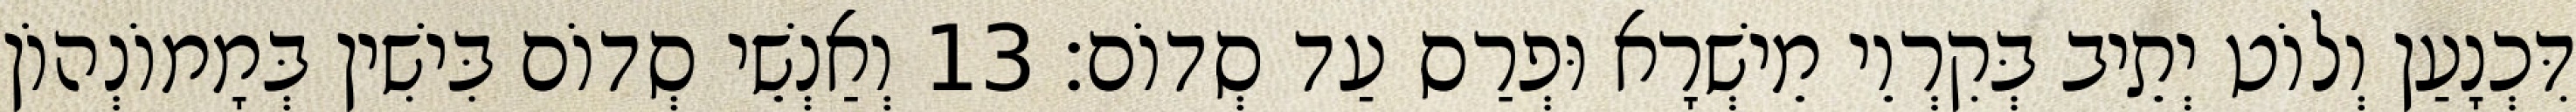
דִּכְנָעַן וְלוֹט יְתֵיב בְּקִרְוֵי מֵישְׁרָא וּפְרַס עַד סְדוֹם׃ 13 וְאַנְשֵׁי סְדוֹם בִּישִׁין בְּמָמוֹנְהוֹן